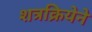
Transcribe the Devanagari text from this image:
शत्रक्रियेने